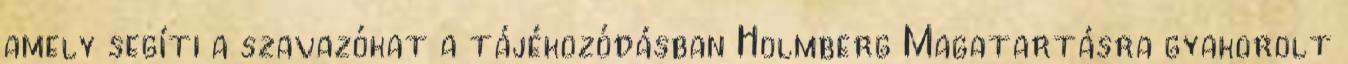
amely segíti a szavazókat a tájékozódásban Holmberg Magatartásra gyakorolt